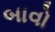
બાવો